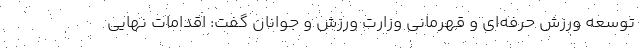
توسعه ورزش حرفه‌ای و قهرمانی وزارت ورزش و جوانان گفت: اقدامات نهایی